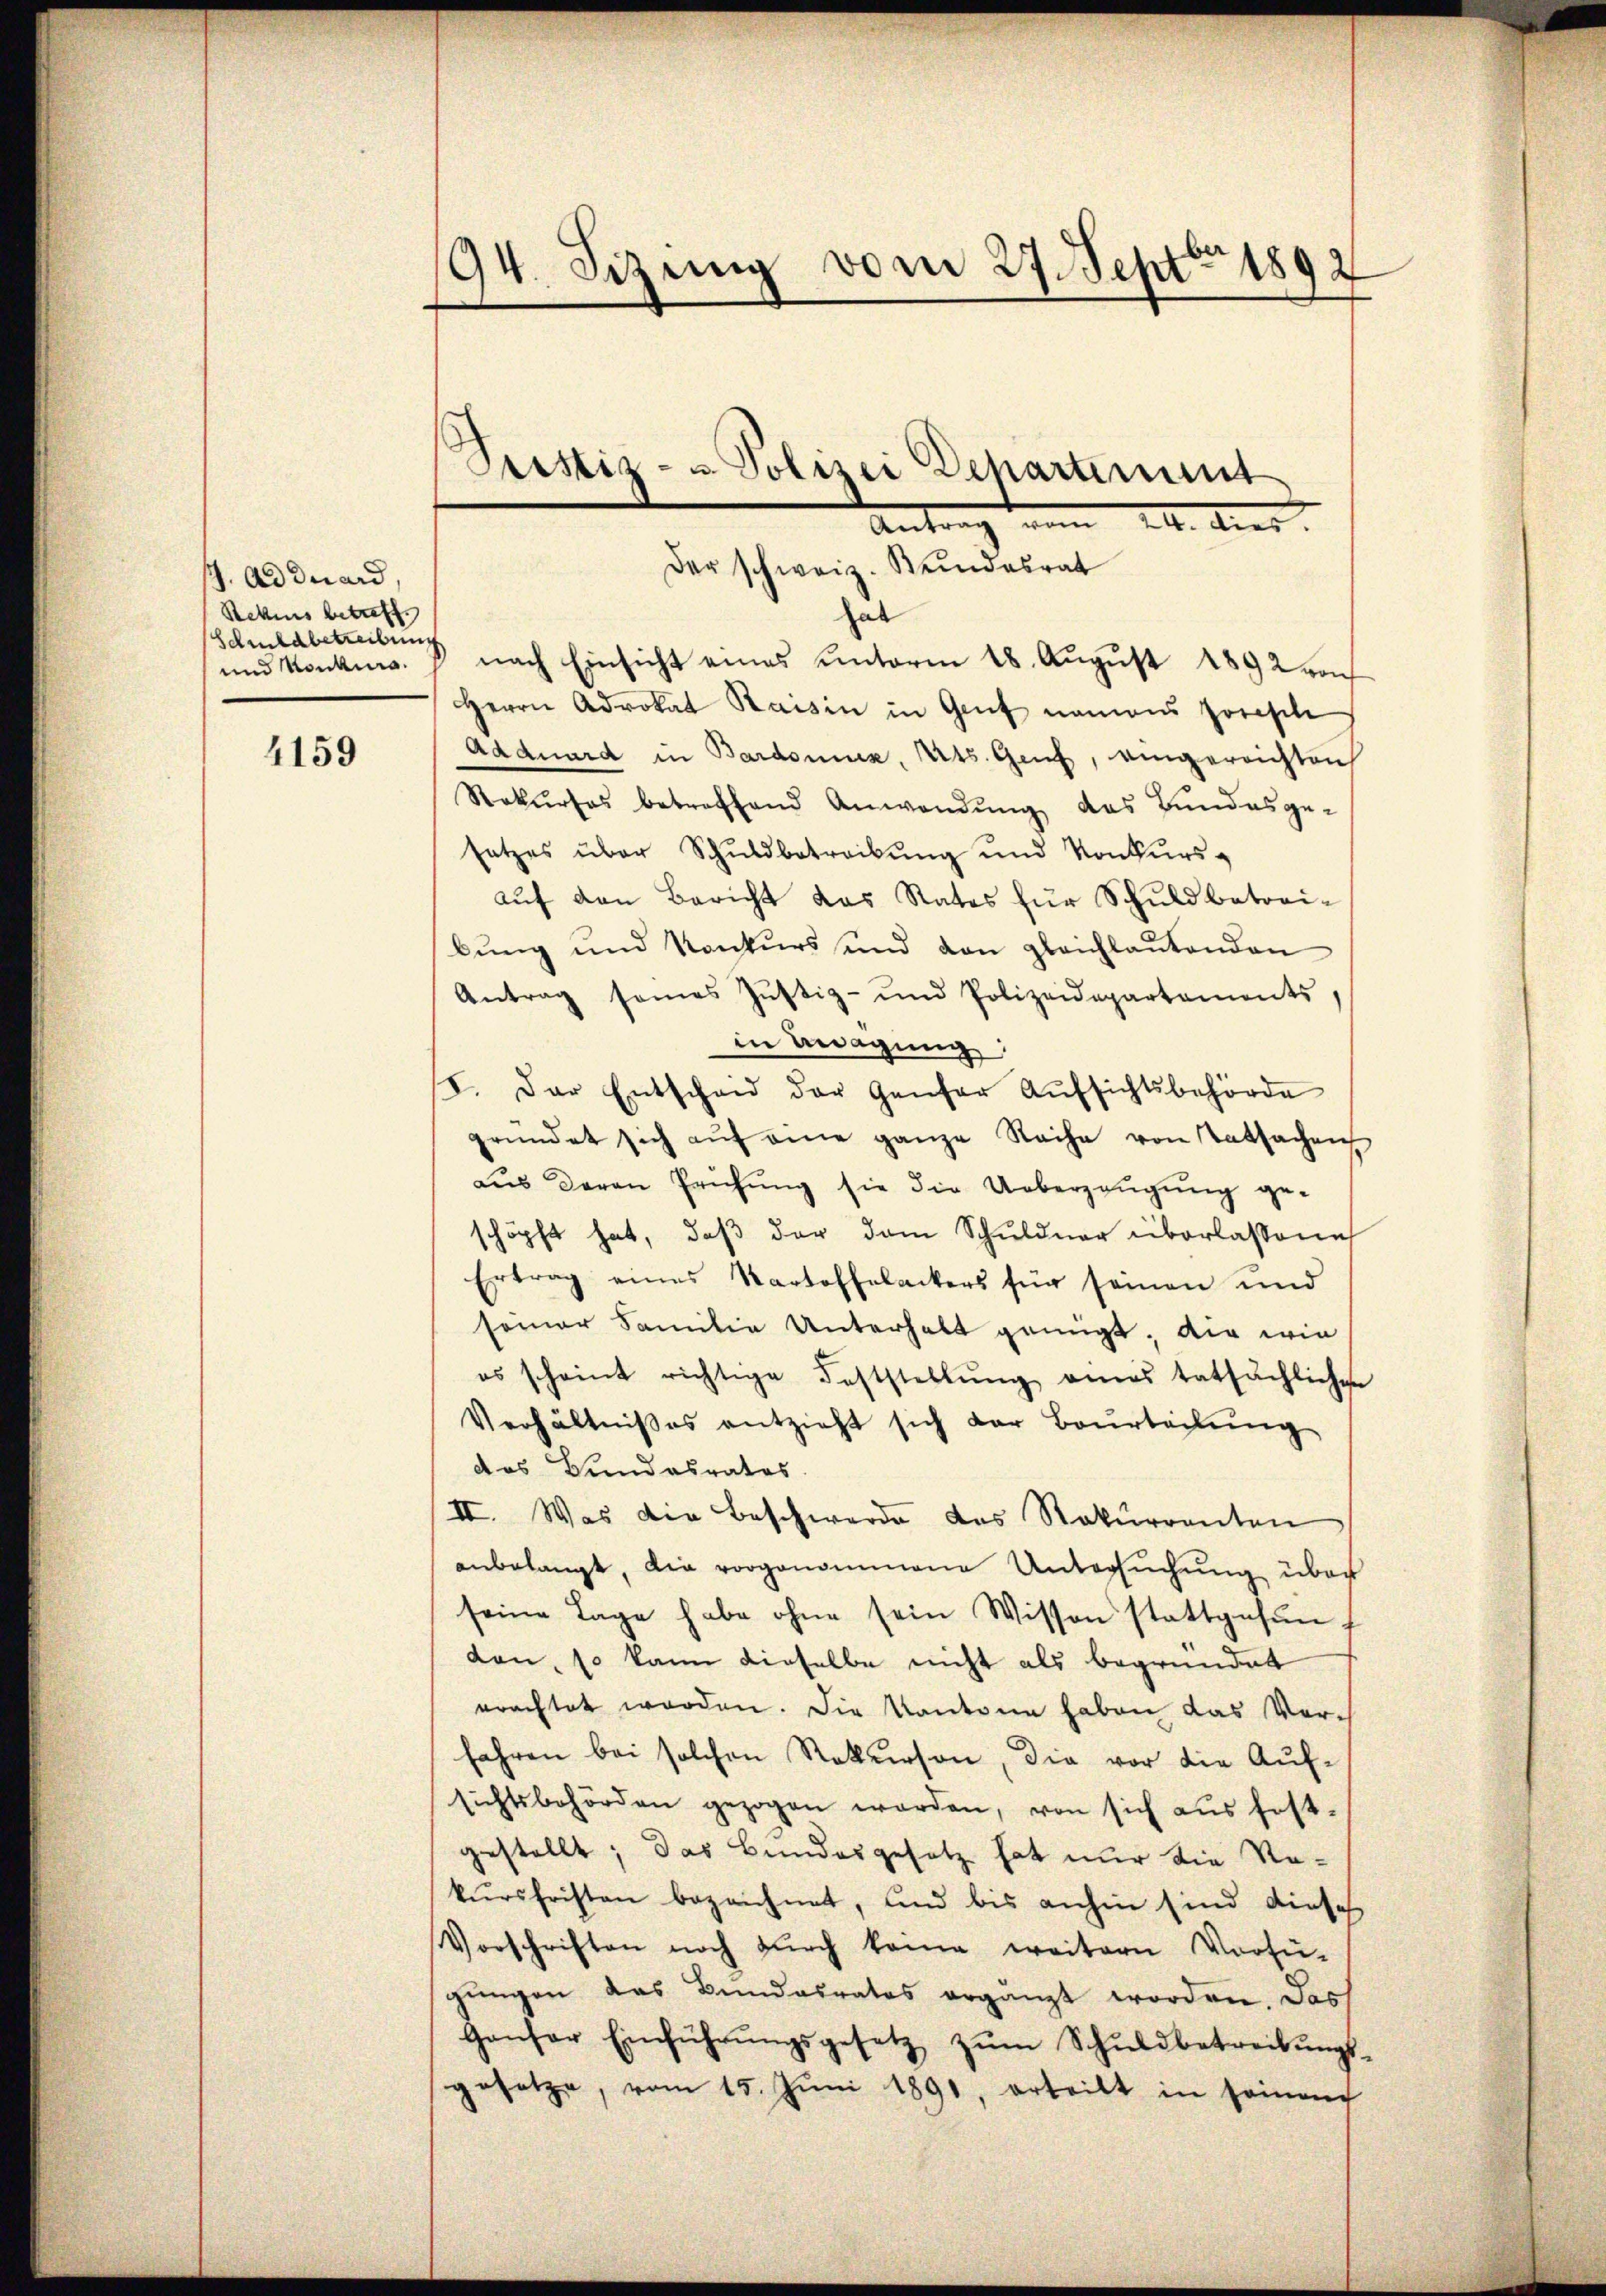
J. Ad duard,
Stets betreff
Schuldbetreibung
und Konkurs.

4159

94. Sizung vom 27. Sept. 1892

hal
nach Einsicht eines unterm 18. August 1892 von
Herrn Advokat Baisin in Genf namens Joseph
Adduard in Bardonix, Uts. Genf, eingereichten
Rekŭrses betreffend Anwendŭng das Bundesge-
setzes über Schuldbetreibung und Konkursauf den Bericht das Rates für Schuldbetreibŭng und Konkurs und von glaichlaŭtenden
Antrag seines Jŭstiz- und Polizeidepartaments
in Biegung
I. Der Entscheid der Genfer Aŭfsichtsbehörde
gründet sich aŭf eine ganze Reihe von Tatsachen
aus deren Prüfŭng sie die Ueberzeugung ge-
schöpft hat, daβ der dem Schuldner überlassene
Ertrag eines Kartoffelackers für seinen und
seiner Familie Unterhalt genügt, die wie
es scheint richtige Feststellŭng eines tatsächlichen
Verhältnißes entzieht sich der Beurteilŭng
das Bundesrates.
II. Was die Beschwerde des Rekurrenten
anbelangt, die vorgenommene Untersuchung über
seine Lage habe ohne sein Wissen stattgefunden, so kann dieselbe nicht als begründet
erachtet worden. Die Kantone haben das Verfahren bei solchen Rekurson, die vor die Aufsichtsbehörden gezogen werden, von sich aŭs fest-
gestellt; das Bundesgesetz hat nur die Re-
kŭrsfristen bezeichnet, und bis anhin sind diese
Vorschriften noch dŭrch kam weitern Verfü-
gungen das Bundesrates ergänzt worden. Das
Gansor Einführŭngsgesetz zŭm Schŭldbetreibŭngs-
gesetze, vom 15. Jŭni 1891, erteilt in seinen

Peistiz- & Polizei Departement
Anton. dies
Der schweiz. Stundesrat